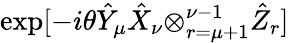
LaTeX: \exp[-i\theta\hat{Y}_{\mu}\hat{X}_{\nu}{\otimes_{r=\mu+1}^{\nu-1}}\hat{Z}_{r}]